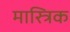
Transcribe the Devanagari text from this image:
मास्त्रिक